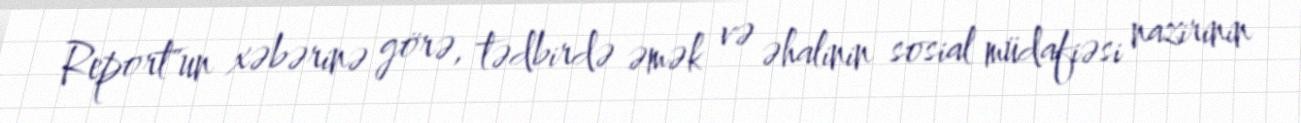
Report"un xəbərinə görə, tədbirdə əmək və əhalinin sosial müdafiəsi nazirinin